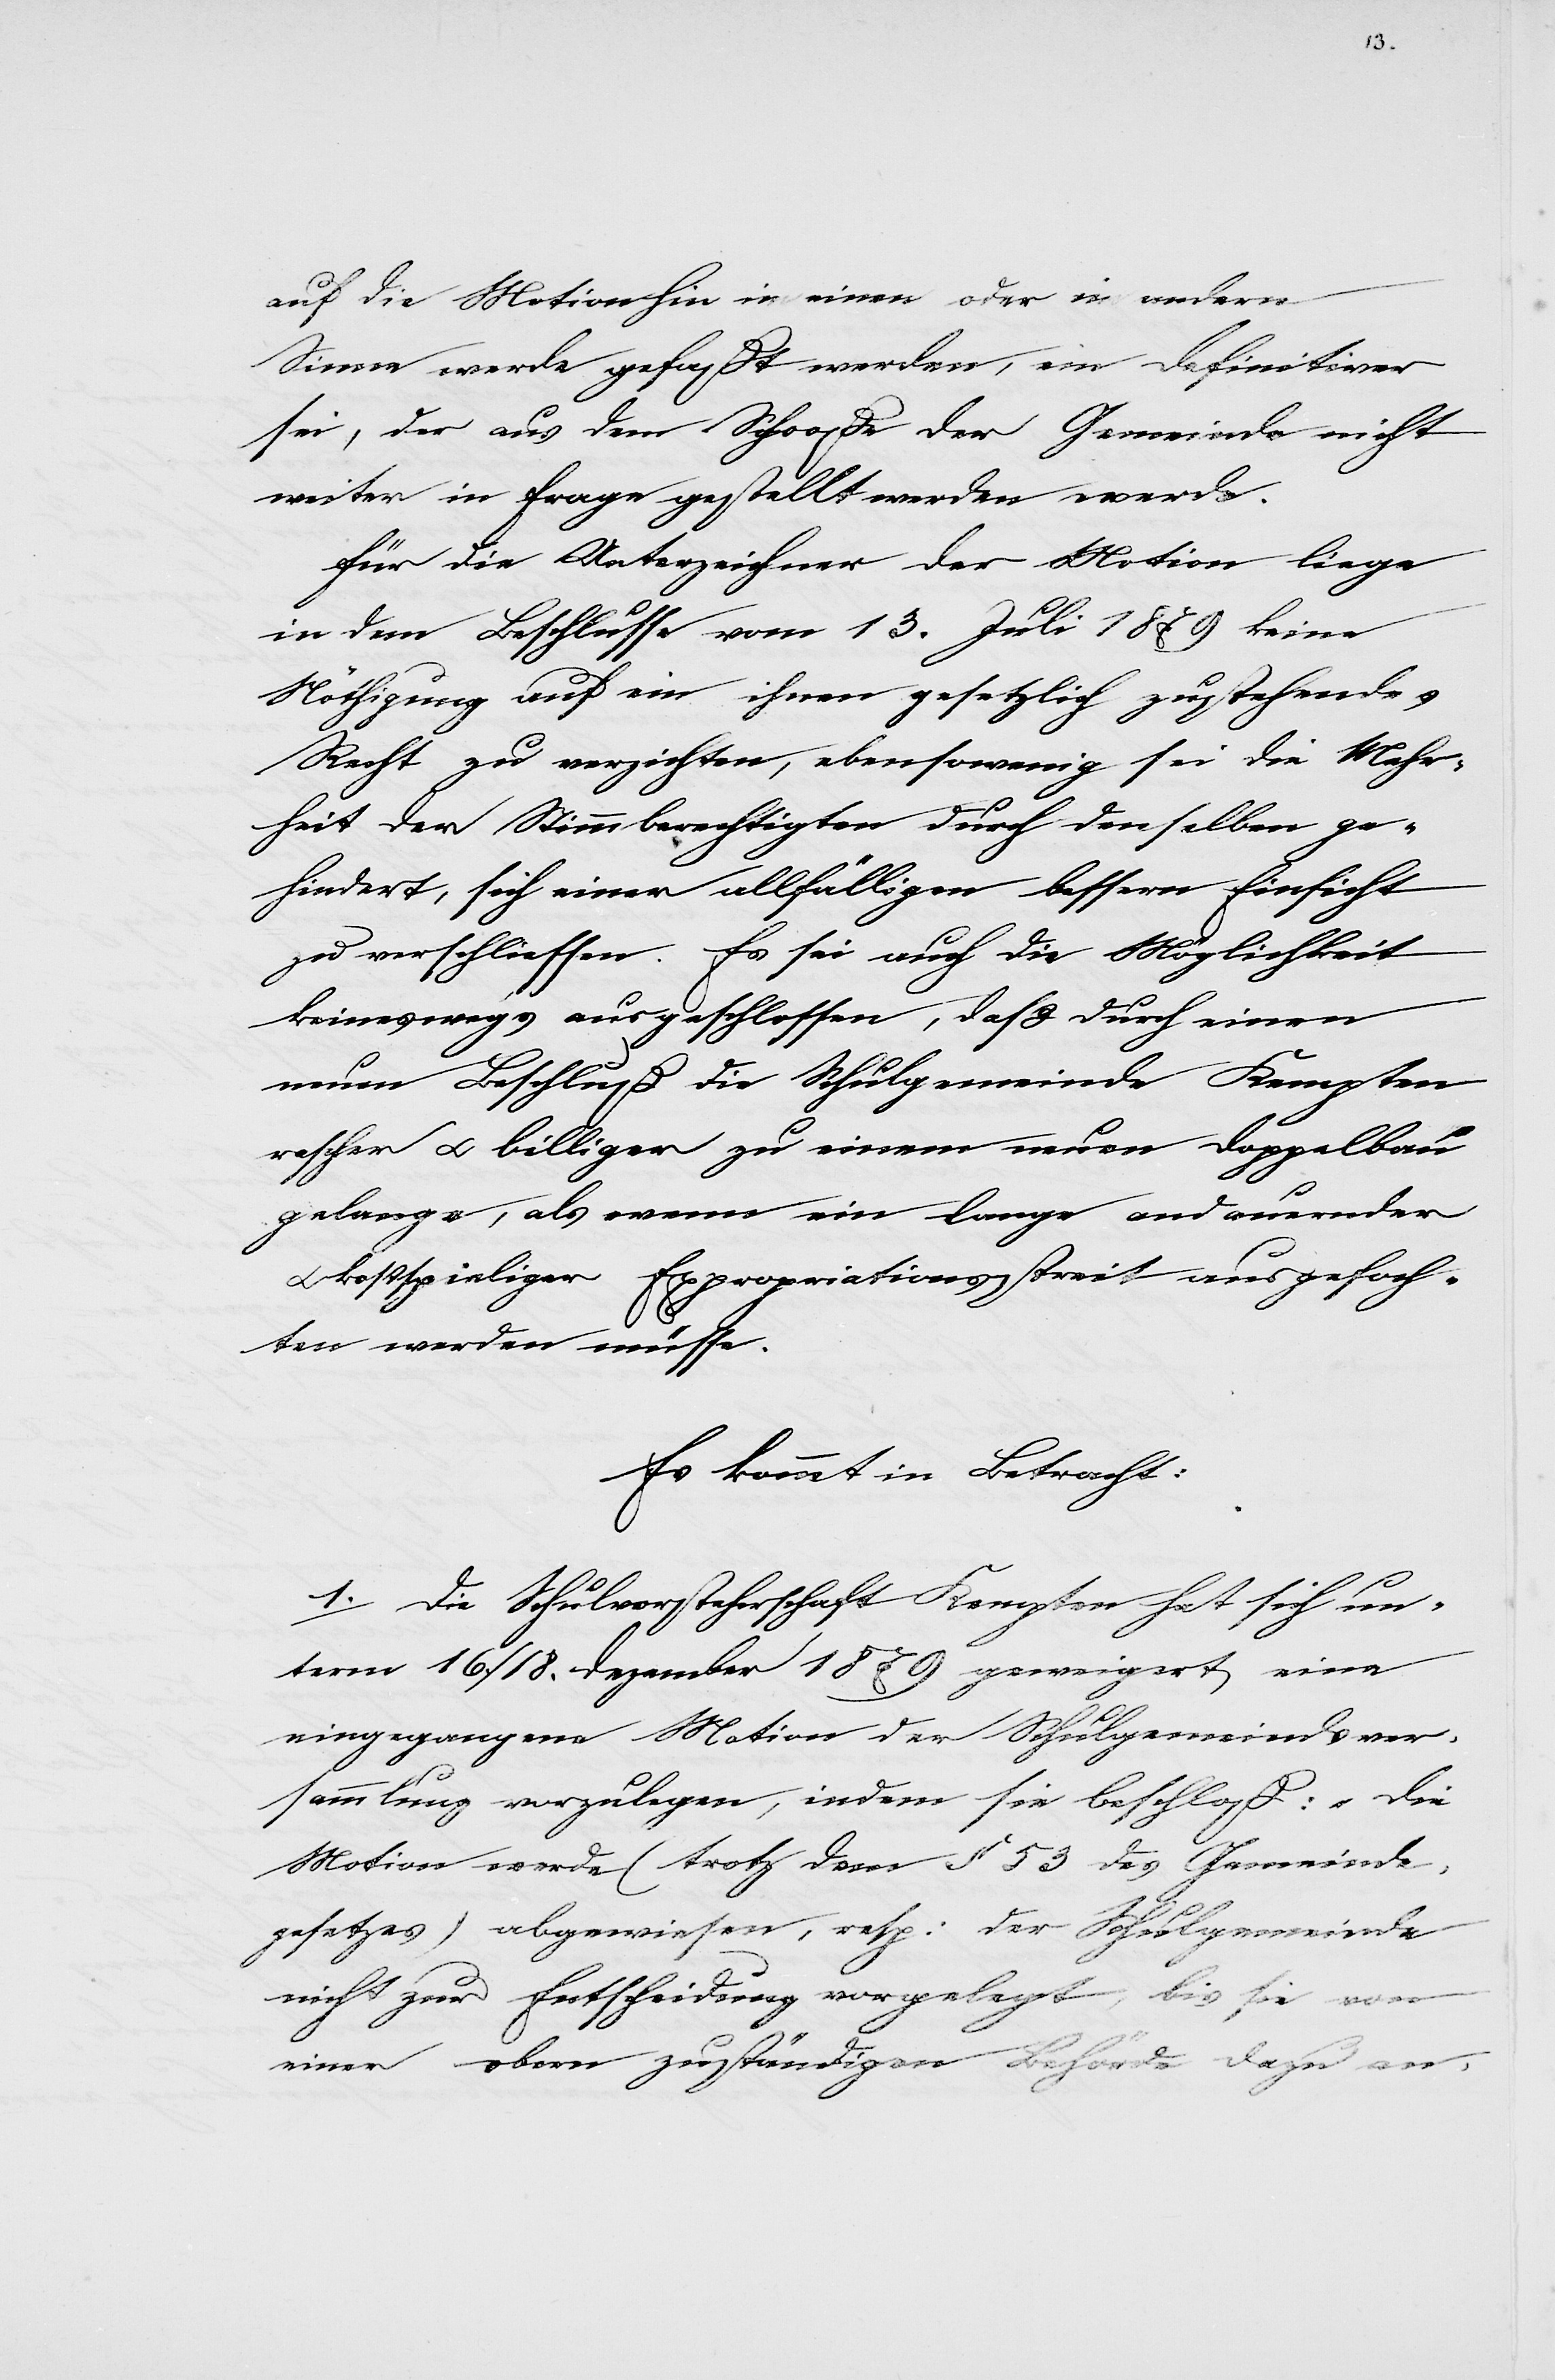
18.
Erledigung.
7.